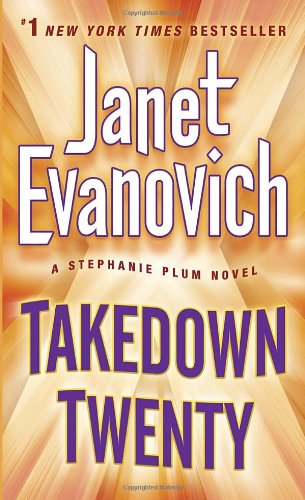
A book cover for Takedown Twenty (Stephanie Plum); Janet Evanovich; Mystery, Thriller & Suspense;